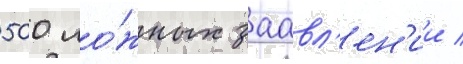
500 ло́жных заавл'ен'ии /